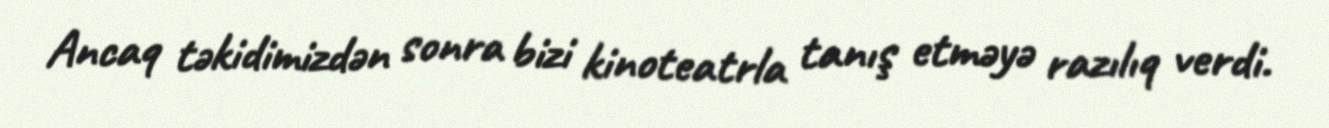
Ancaq təkidimizdən sonra bizi kinoteatrla tanış etməyə razılıq verdi.